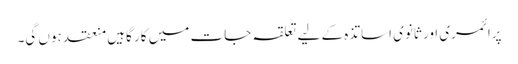
پرائمری اور ثانوی اساتذہ کے لیے تعلقہ جات میں کار گاہیں منعقد ہوں گی۔